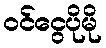
ဝင်ငွေပိုမို